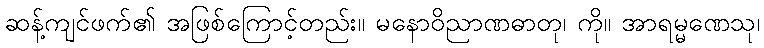
ဆန့်ကျင်ဖက်၏ အဖြစ်ကြောင့်တည်း။ မနောဝိညာဏဓာတု၊ ကို။ အာရမ္မဏေသု၊